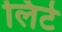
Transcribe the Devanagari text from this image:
लिटे